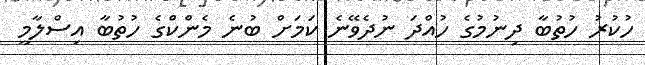
ހުކުރު ހުތުބާ ދިނުމުގެ ހުއްދަ ނުދެވޭނެ ކަމަށް ބުނެ މެންކްގެ ހުތުބާ އިސްލާމީ